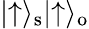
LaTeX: \lvert\uparrow\rangle_{\mathrm{s}}\lvert\uparrow\rangle_{\mathrm{o}}